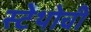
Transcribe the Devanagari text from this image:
स्टेथोची